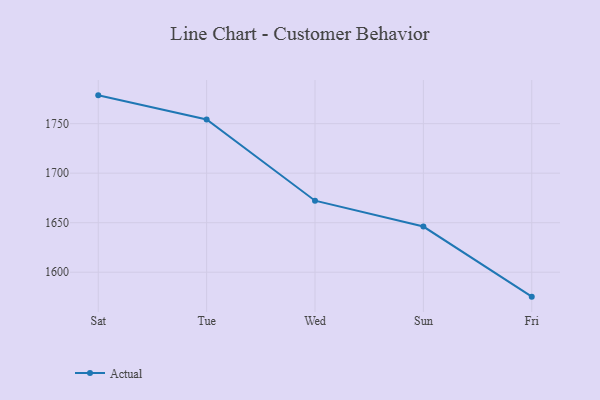
{"axis": {"x": "Day", "y": "LTV (USD)"}, "legend": ["Actual"], "data": [{"x": "Sat", "y": 1778.6, "type": "Actual"}, {"x": "Tue", "y": 1754.3, "type": "Actual"}, {"x": "Wed", "y": 1672.2, "type": "Actual"}, {"x": "Sun", "y": 1646.1, "type": "Actual"}, {"x": "Fri", "y": 1575.3, "type": "Actual"}]}